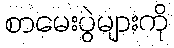
စာမေးပွဲများကို